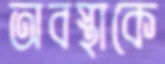
অবস্থাকে